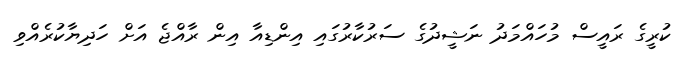
ކުރީގެ ރައީސް މުހައްމަދު ނަޝީދުގެ ސަރުކާރުގައި އިންޑިއާ އިން ރާއްޖެ އަށް ހަދިޔާކުރެއްވި